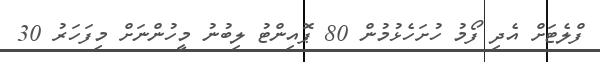
ފްލެޓަށް އެދި ފޯމު ހުށަހެޅުމުން 80 ޕޮއިންޓު ލިބުނު މީހުންނަށް މިފަހަރު 30